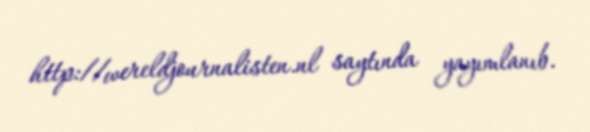
http://wereldjournalisten.nl saytında yayımlanıb.